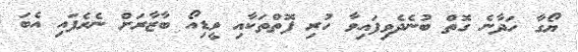
ޔޯގާ ހަދާނެ ގޮތް ބުނެދެވިފައިވާ ހުރި ފޮތްތަކާއި ވީޑިއޯ ބާޒާރަށް ނެރެފައި އެބަ